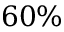
6 0 \%